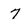
Character: 7